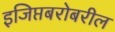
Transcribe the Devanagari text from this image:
इजिप्तबरोबरील